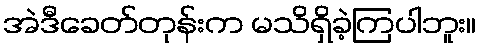
အဲဒီခေတ်တုန်းက မသိရှိခဲ့ကြပါဘူး။